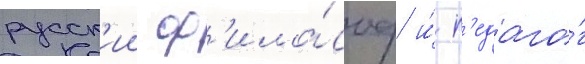
русск'ии ф'ило́соф и́ п'едаго́г